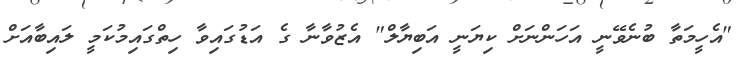
"އެހީމަތާ ބުނެވޭނީ އަހަންނަށް ކިޔަނީ އަބިޔާލް" އެޒުވާނާ ގެ އަޑުގައިވާ ހިތްގައިމުކަމީ ލައިބާއަށް